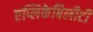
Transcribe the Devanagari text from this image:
एप्लिकेबिलीटी